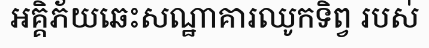
អគ្គិភ័យឆេះសណ្ឋាគារឈូកទិព្វ របស់